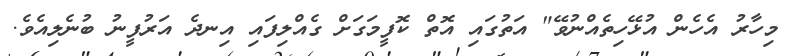
މިހާރު އެހެން އުޅޭހިތެއްނުވޭ" އަތުގައި އޮތް ކޮފީމަގަށް ގެއްލިފައި އިނދެ އަރުފީނު ބުނެލިއެވެ.